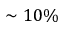
\sim 1 0 \%